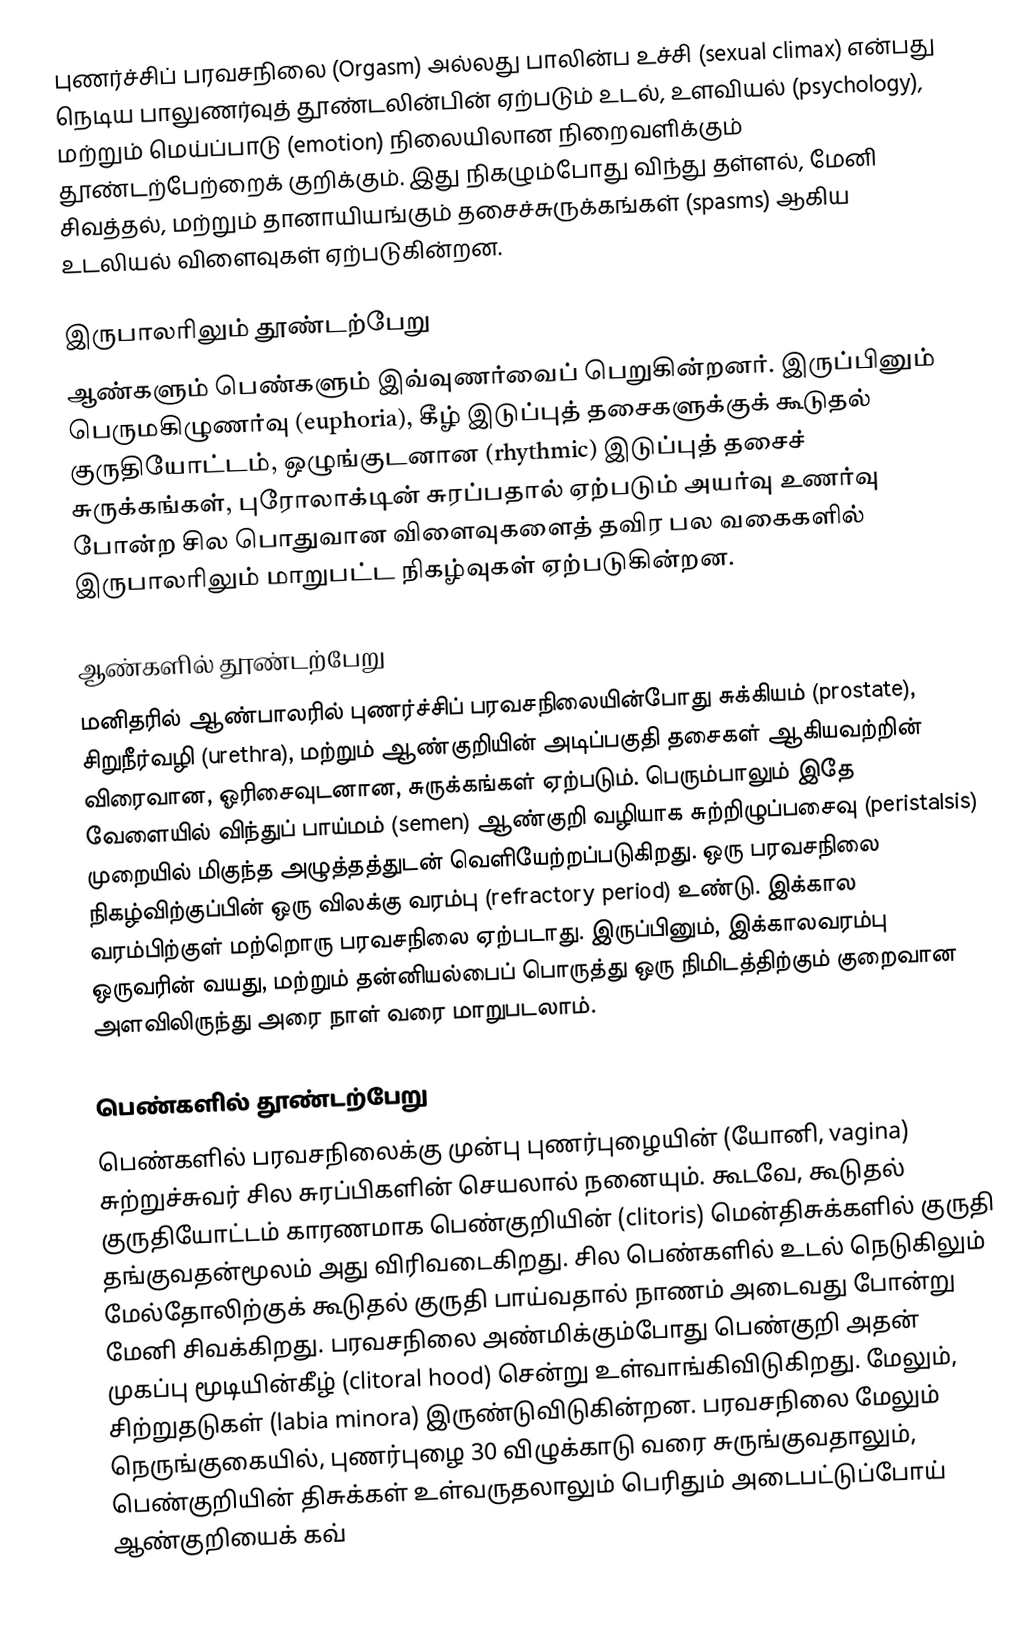
புணர்ச்சிப் பரவசநிலை (Orgasm) அல்லது பாலின்ப உச்சி (sexual climax) என்பது நெடிய பாலுணர்வுத் தூண்டலின்பின் ஏற்படும் உடல், உளவியல் (psychology), மற்றும் மெய்ப்பாடு (emotion) நிலையிலான நிறைவளிக்கும் தூண்டற்பேற்றைக் குறிக்கும். இது நிகழும்போது விந்து தள்ளல், மேனி சிவத்தல், மற்றும் தானாயியங்கும் தசைச்சுருக்கங்கள் (spasms) ஆகிய உடலியல் விளைவுகள் ஏற்படுகின்றன.

இருபாலரிலும் தூண்டற்பேறு
ஆண்களும் பெண்களும் இவ்வுணர்வைப் பெறுகின்றனர். இருப்பினும் பெருமகிழுணர்வு (euphoria), கீழ் இடுப்புத் தசைகளுக்குக் கூடுதல் குருதியோட்டம், ஒழுங்குடனான (rhythmic) இடுப்புத் தசைச் சுருக்கங்கள், புரோலாக்டின் சுரப்பதால் ஏற்படும் அயர்வு உணர்வு போன்ற சில பொதுவான விளைவுகளைத் தவிர பல வகைகளில் இருபாலரிலும் மாறுபட்ட நிகழ்வுகள் ஏற்படுகின்றன.

ஆண்களில் தூண்டற்பேறு
மனிதரில் ஆண்பாலரில் புணர்ச்சிப் பரவசநிலையின்போது சுக்கியம் (prostate), சிறுநீர்வழி (urethra), மற்றும் ஆண்குறியின் அடிப்பகுதி தசைகள் ஆகியவற்றின் விரைவான, ஓரிசைவுடனான, சுருக்கங்கள் ஏற்படும். பெரும்பாலும் இதே வேளையில் விந்துப் பாய்மம் (semen) ஆண்குறி வழியாக சுற்றிழுப்பசைவு (peristalsis) முறையில் மிகுந்த அழுத்தத்துடன் வெளியேற்றப்படுகிறது. ஒரு பரவசநிலை நிகழ்விற்குப்பின் ஒரு விலக்கு வரம்பு (refractory period) உண்டு. இக்கால வரம்பிற்குள் மற்றொரு பரவசநிலை ஏற்படாது. இருப்பினும், இக்காலவரம்பு ஒருவரின் வயது, மற்றும் தன்னியல்பைப் பொருத்து ஒரு நிமிடத்திற்கும் குறைவான அளவிலிருந்து அரை நாள் வரை மாறுபடலாம்.

பெண்களில் தூண்டற்பேறு
பெண்களில் பரவசநிலைக்கு முன்பு புணர்புழையின் (யோனி, vagina) சுற்றுச்சுவர் சில சுரப்பிகளின் செயலால் நனையும். கூடவே, கூடுதல் குருதியோட்டம் காரணமாக பெண்குறியின் (clitoris) மென்திசுக்களில் குருதி தங்குவதன்மூலம் அது விரிவடைகிறது. சில பெண்களில் உடல் நெடுகிலும் மேல்தோலிற்குக் கூடுதல் குருதி பாய்வதால் நாணம் அடைவது போன்று மேனி சிவக்கிறது. பரவசநிலை அண்மிக்கும்போது பெண்குறி அதன் முகப்பு மூடியின்கீழ் (clitoral hood) சென்று உள்வாங்கிவிடுகிறது. மேலும், சிற்றுதடுகள் (labia minora) இருண்டுவிடுகின்றன. பரவசநிலை மேலும் நெருங்குகையில், புணர்புழை 30 விழுக்காடு வரை சுருங்குவதாலும், பெண்குறியின் திசுக்கள் உள்வருதலாலும் பெரிதும் அடைபட்டுப்போய் ஆண்குறியைக் கவ்